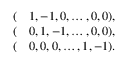
\begin{array} { r l } { ( } & { { } 1 , - 1 , 0 , \dots , 0 , 0 ) , } \\ { ( } & { { } 0 , 1 , - 1 , \dots , 0 , 0 ) , } \\ { ( } & { { } 0 , 0 , 0 , \dots , 1 , - 1 ) . } \end{array}